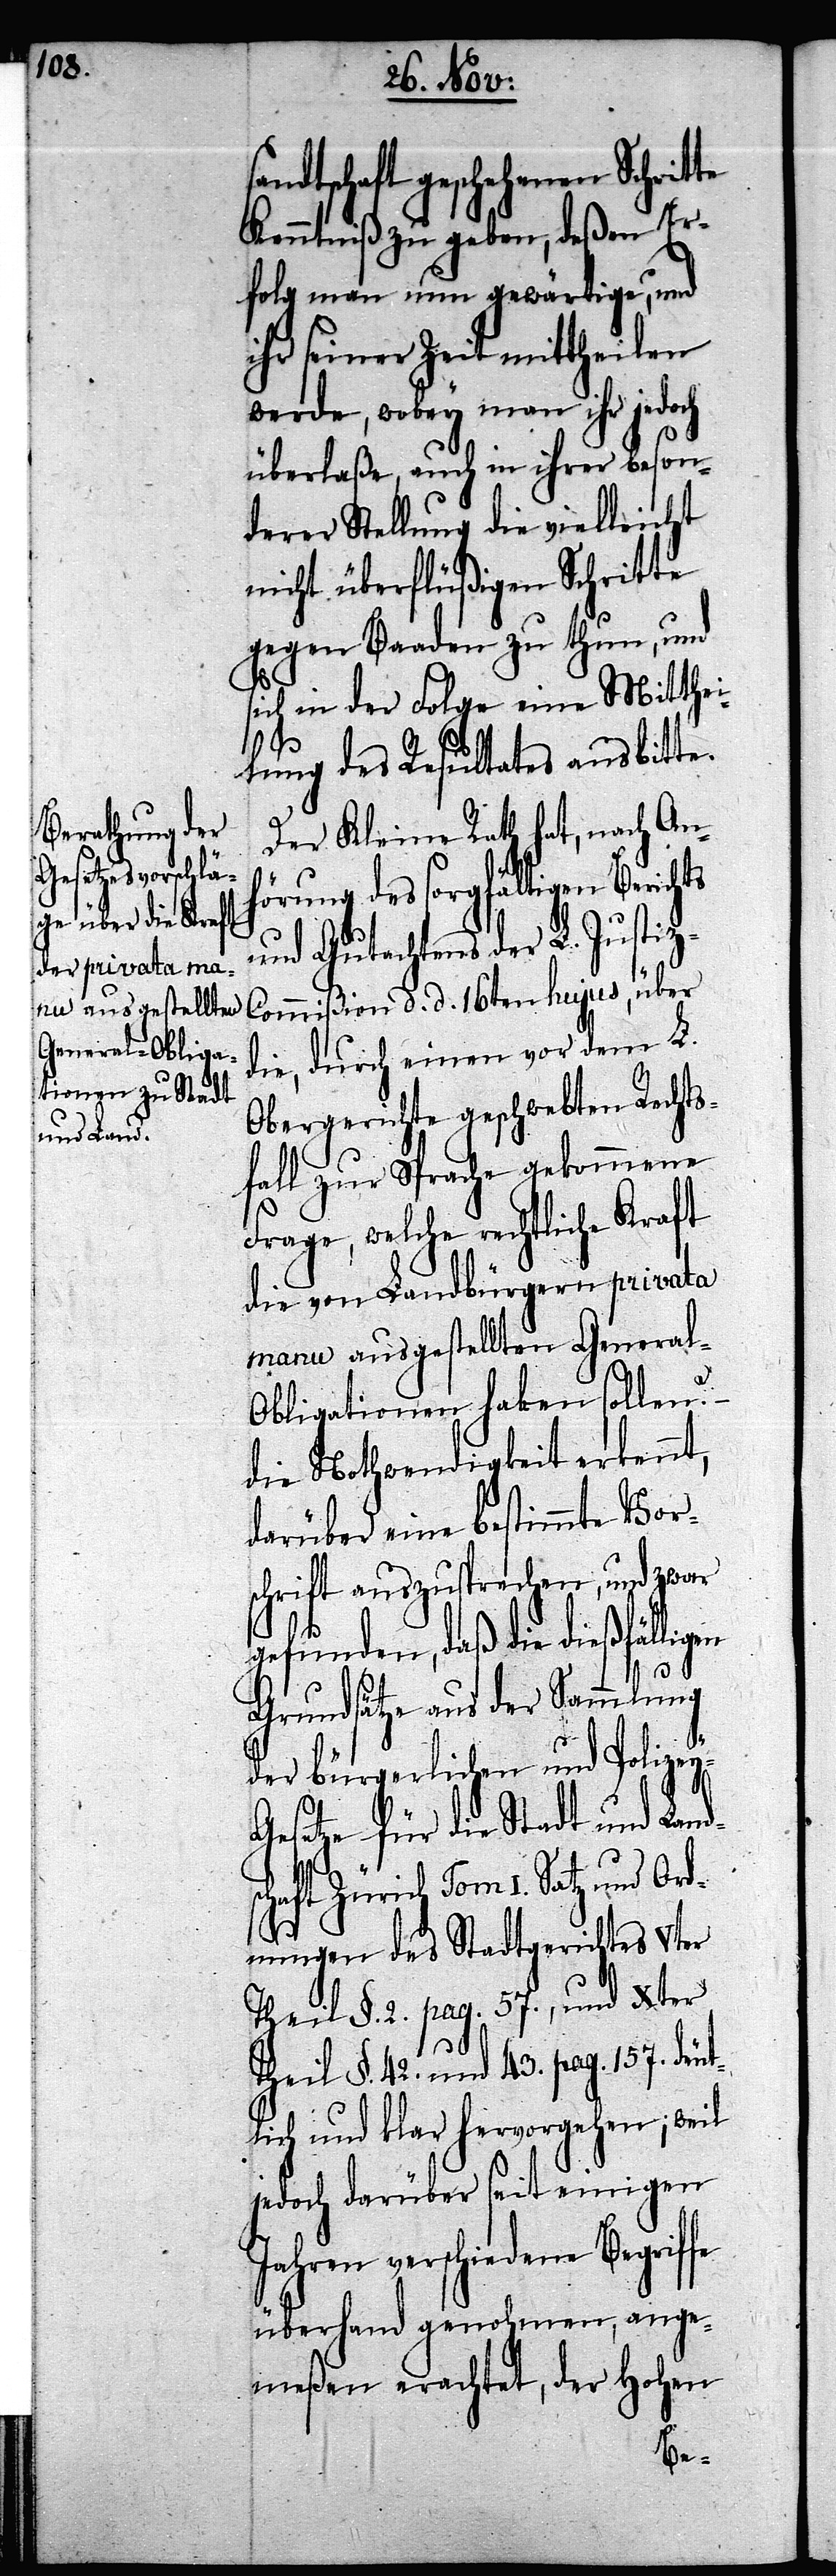
ndtschaft geschehenen Schrit¬
Kenntniß zu geben, deßen Er¬
folg man nun gewärtige, und
ihr seiner Zeit mittheilen
werde, wobey man ihr jedoch
überlaße, auch in ihrer beson¬
derer Stellung die vielleicht
nicht überflüßigen Schritte
gegen Baaden zu thun, und
sich in der Folge eine Mitthei¬
fe
lung des Resultates ausbitte.
Der Kleine Rath hat, nach An¬
hörung des sorgfältigen Berichts
und Gutachtens der L. Justi¬
z-Commißion d. d. 16ten hujus, über
die, durch einen vor dem L.
Obergerichte geschwebten Raths¬
fall zur Sprache gekommene
Frage, welche rechtliche Kraft
die von Landbürgern privata
manu ausgestellten Genera¬
en
l-Obligationen haben sollen?
die Nothwendigkeit erkennt,
darüber eine bestimmte Vors¬
chrift auszusprechen, und zwar
gefunden, daß die dießfällig¬
Grundsätze aus der Sammlung
der bürgerlichen und Polize¬
y-Gesetze für die Stadt und Land¬
schaft Zürich Tom I. Satz und Ord¬
nungen des Stadtgerichtes Vter
Theil §. 2. pag. 57., und Xter
Theil §. 42 und 43. pag. 157. deut¬
lich und klar hervorgehen; weil
jedoch darüber seit einigen
Jahren verschiedene Begrif¬
überhand genohmen, ange¬
meßen erachtet, der Hohen